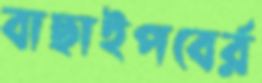
বাছাইপবের্র